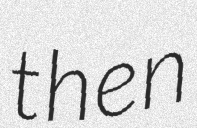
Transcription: then